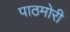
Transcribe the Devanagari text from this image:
पाठमोरी